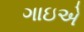
ગાઇએ